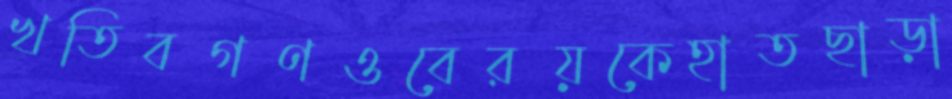
খতিবগণওবেরয়কেহাতছাড়া